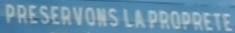
PRESERVONS LA PROPRETE